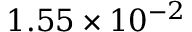
1 . 5 5 \times 1 0 ^ { - 2 }